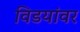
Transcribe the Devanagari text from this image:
विडयांवर